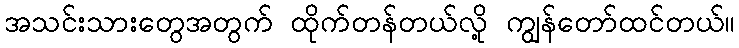
အသင်းသားတွေအတွက် ထိုက်တန်တယ်လို့ ကျွန်တော်ထင်တယ်။